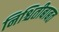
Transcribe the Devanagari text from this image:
निश्चितीबाबत